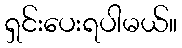
ရှင်းပေးရပါမယ်။